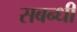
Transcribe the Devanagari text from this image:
सबन्धी